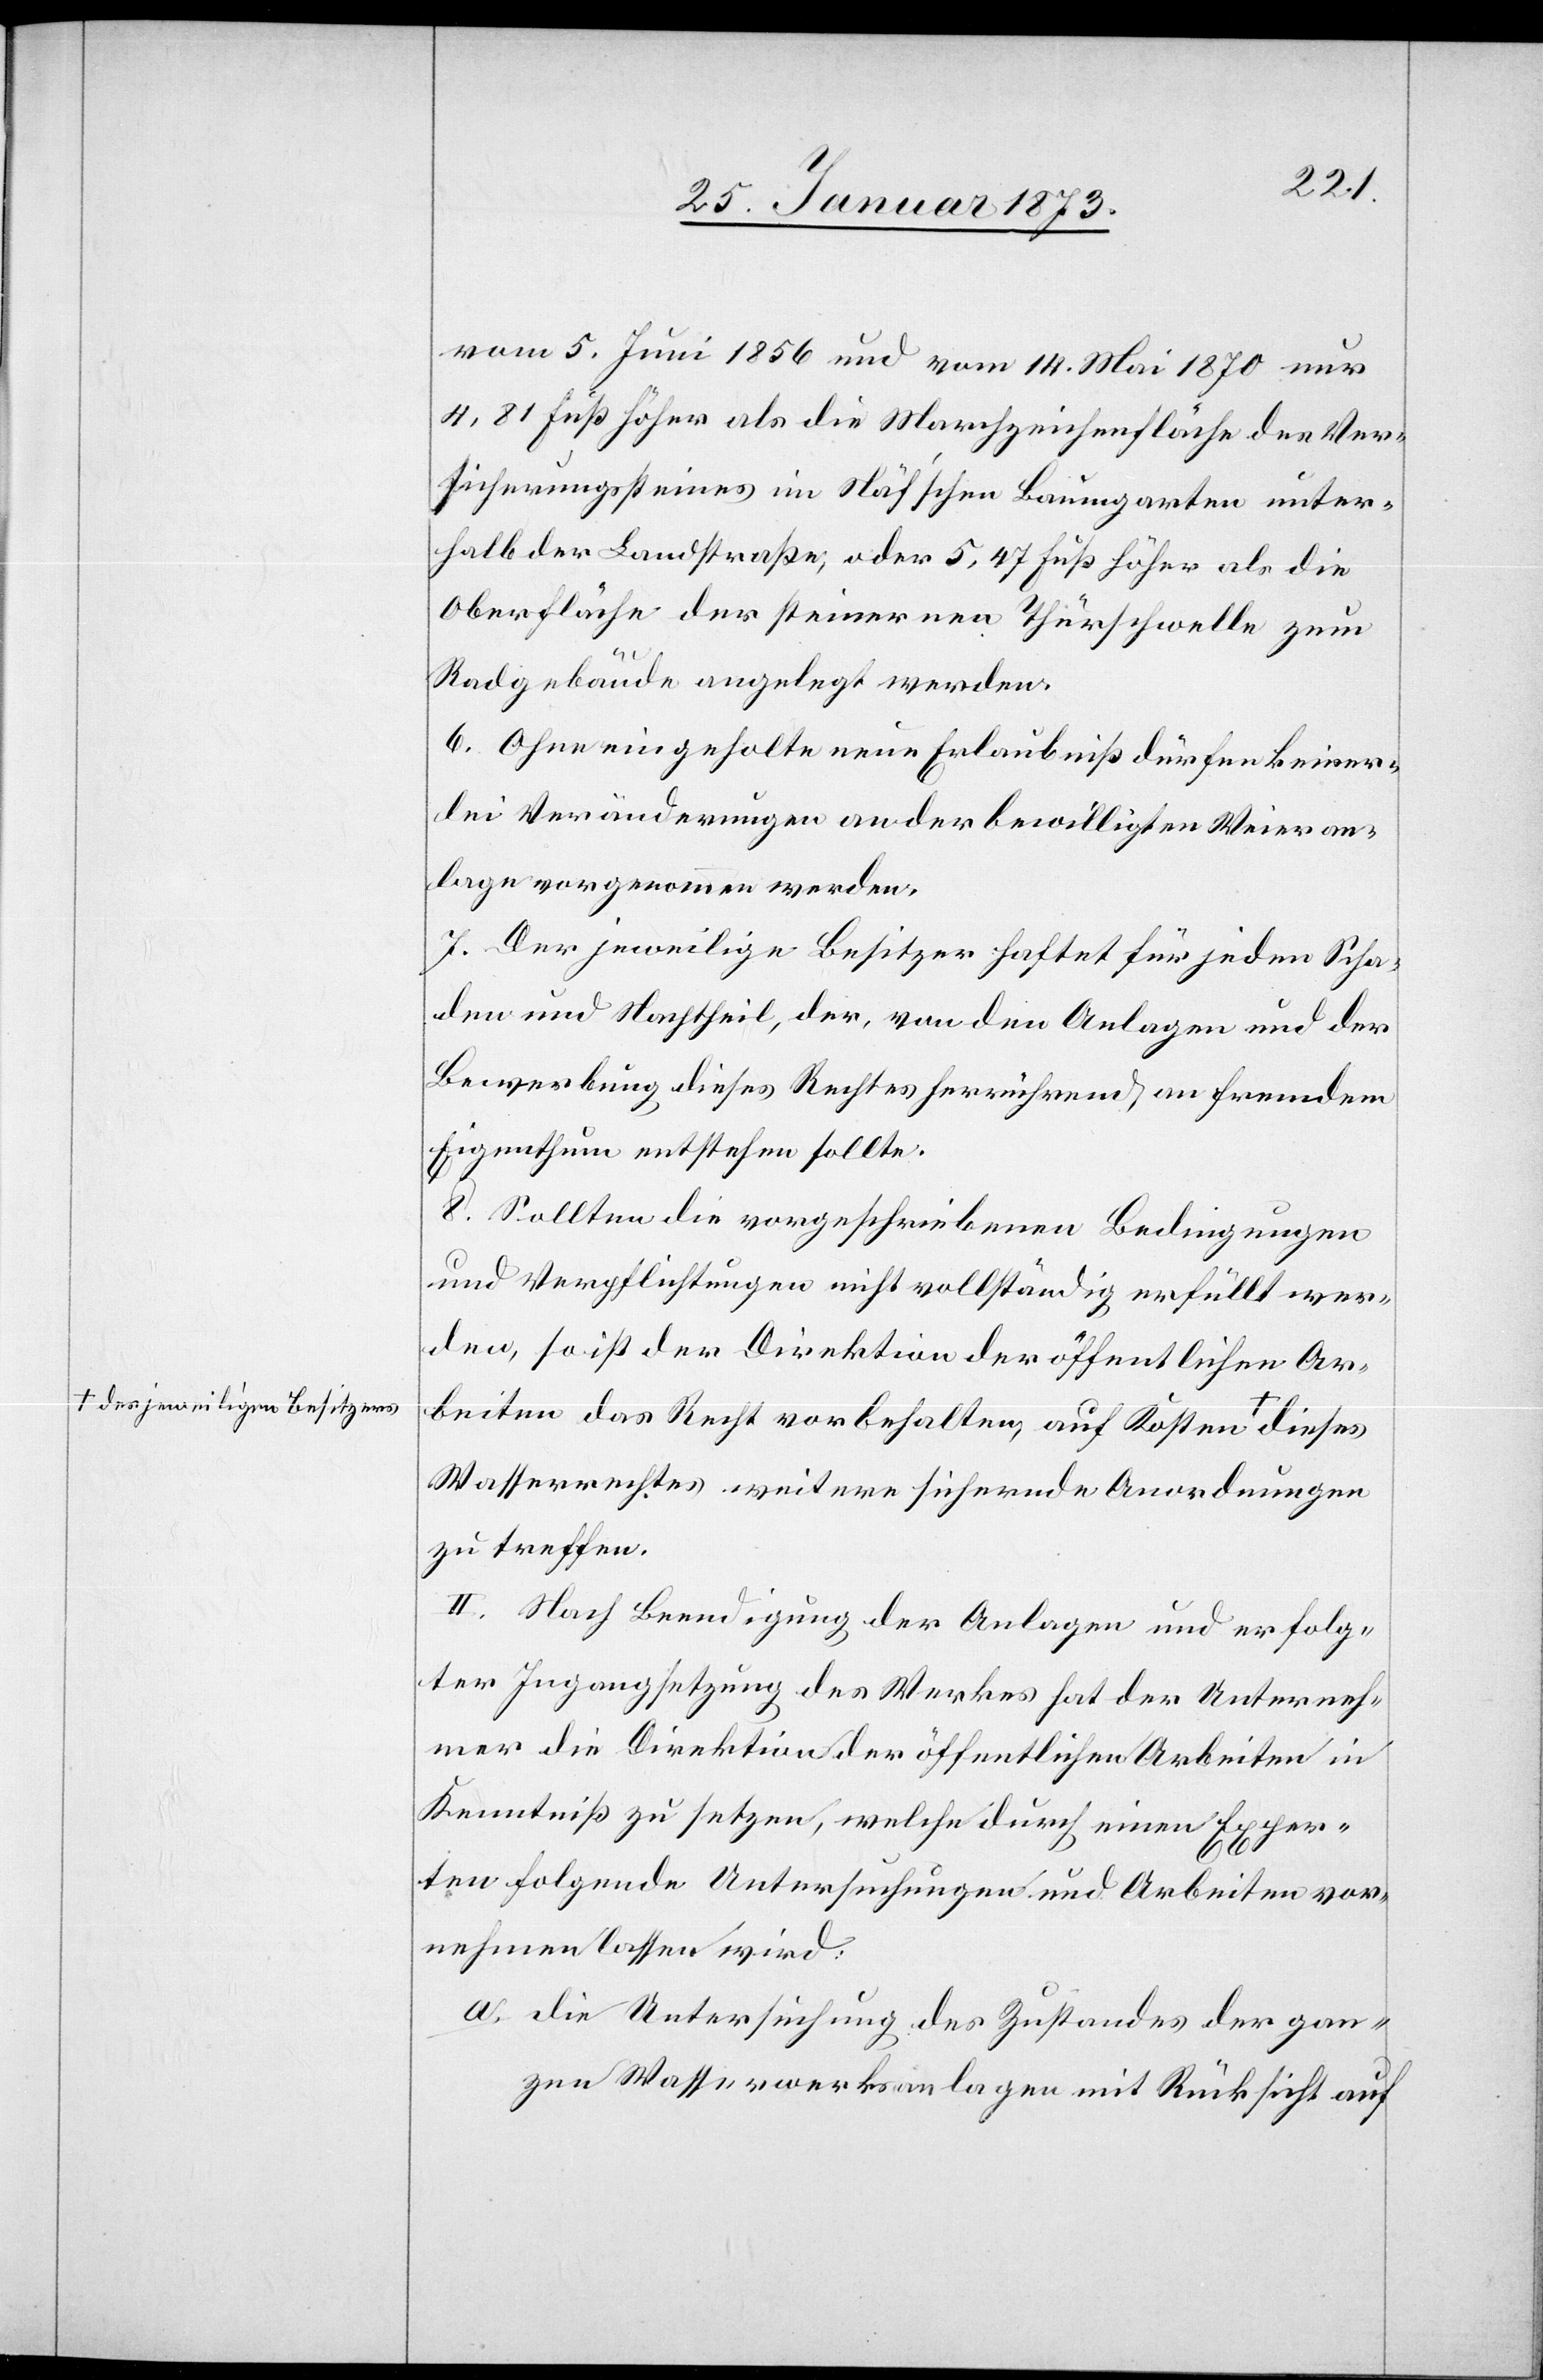
jeweiligen Besitzers-a

vom 5. Juni 1856 und vom 14. Mai 1870 nur
4,81 Fuß höher als die Marchzeichenfläche des Ver¬
sicherungssteines im Näfschen Baumgarten unter¬
halb der Landstraße, oder 5,47 Fuß höher als die
Oberfläche der steinernen Thürschwelle zum
Radgebäude angelegt werden.
6. Ohne eingeholte neue Erlaubniß dürfen keiner¬
lei Veränderungen an der bewilligten Weieran¬
lage vorgenommen werden.
7. Der jeweilige Besitzer haftet für jeden Scha¬
den und Nachtheil, der, von den Anlagen und der
Bewerbung dieses Rechtes herrührend an fremdem
Eigenthum entstehen sollte.
8. Sollten die vorgeschriebenen Bedingungen
und Verpflichtungen nicht vollständig erfüllt wer¬
den, so ist der Direktion der öffentlichen Ar¬
beiten das Recht vorbehalten, auf Kosten a-des
Wasserrechtes weiter sichernde Anordnungen
zu treffen.
II. Nach Beendigung der Anlagen und erfolg¬
ter Ingangsetzung des Werkes hat der Unterneh¬
mer die Direktion der öffentlichen Arbeiten in
Kenntniß zu setzen, welche durch einen Exper¬
ten folgende Untersuchungen und Arbeiten vor¬
nehmen lassen wird:
a. die Untersuchung des Zustandes der gan¬
zen Wasserwerksanlagen mit Rücksicht auf